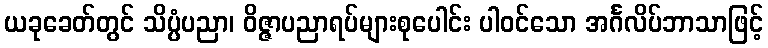
ယခုခေတ်တွင် သိပ္ပံပညာ၊ ဝိဇ္ဇာပညာရပ်များစုပေါင်း ပါဝင်သော အင်္ဂလိပ်ဘာသာဖြင့်